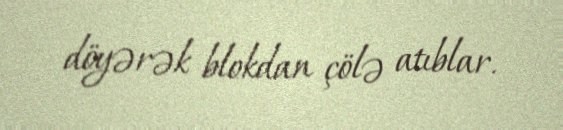
döyərək blokdan çölə atıblar.